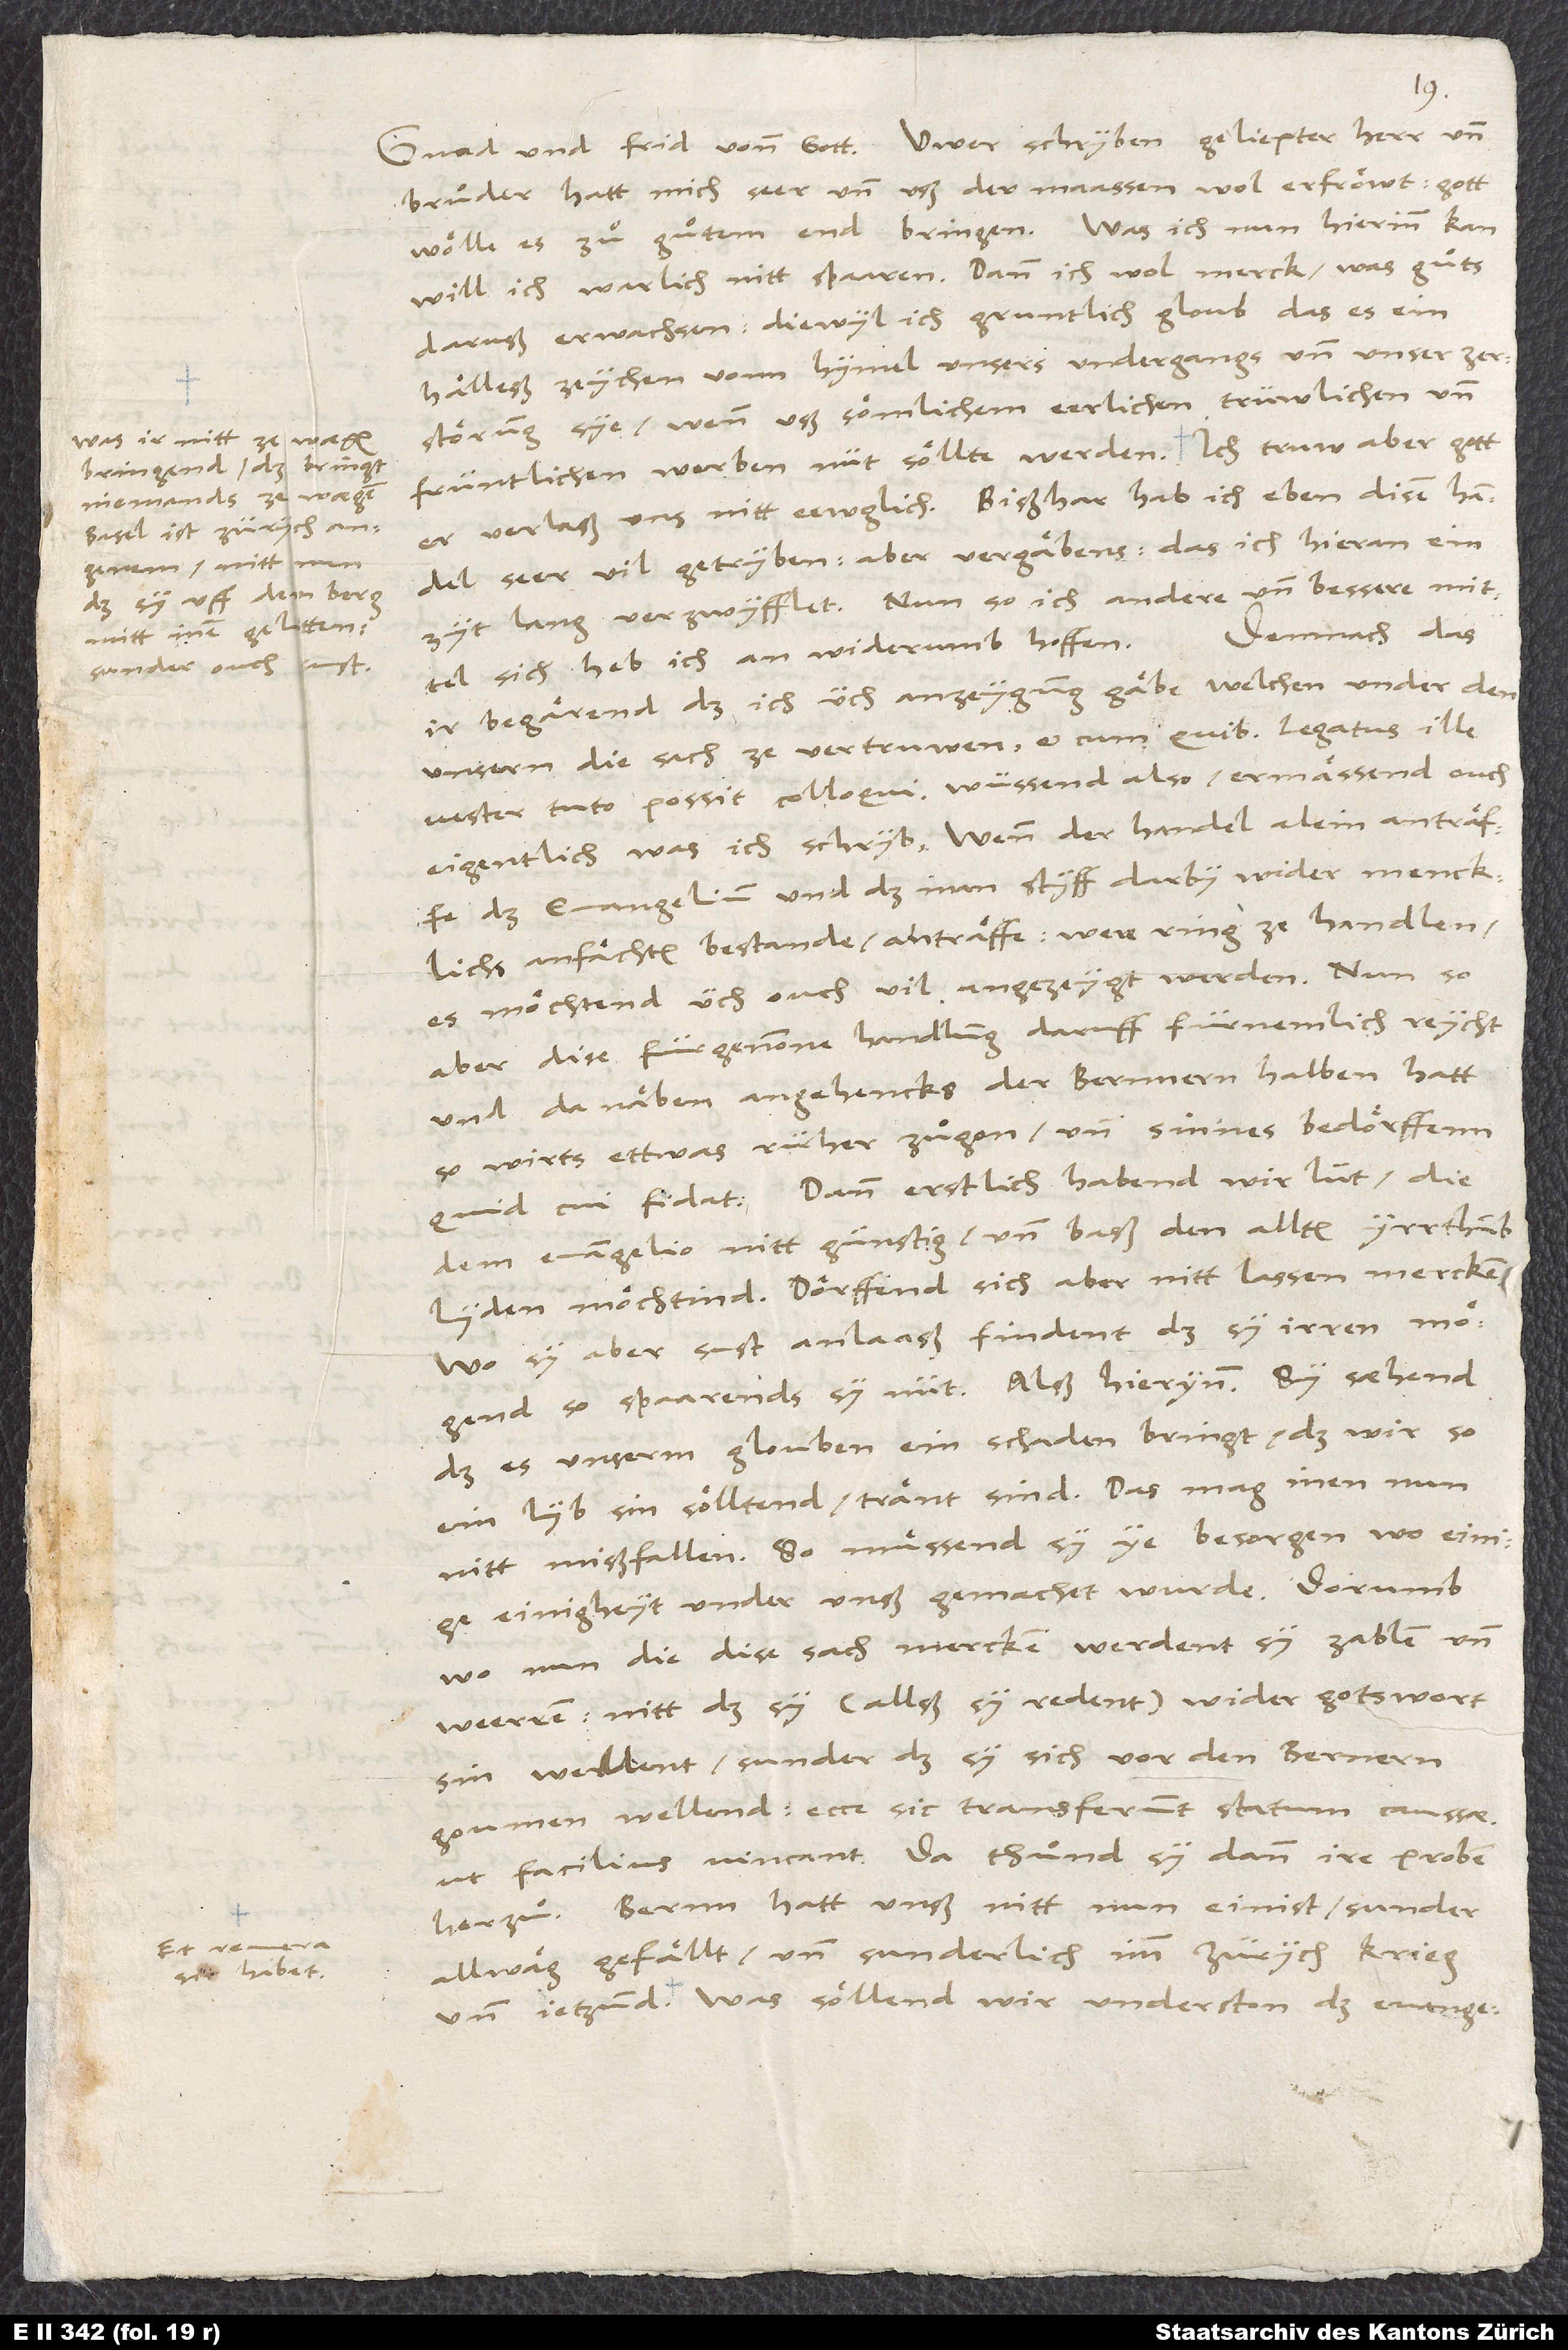
bringend, das bringt
niemands zewägen.
Basel ist Zürych
angenem, nitt nun
daß sy uff dem berg
mitt inen gelitten,
sunder ouch
Et revera
sic habet.

.
bruͦder, hatt mich seer und uß der maassen wol erfröwt. Gott
wölle es zuͦ guͦtem end bringen. Was ich nun hierinn kan,
will ich warlich nitt spaaren. Dann ich wol merck, was guͦts
daruß erwachsen, diewyl ich gruntlich gloub, das es ein
hälleß zeychen vonn hymel unsers undergangs und unser
zerstörung sye, wenn uß sömlichem eerlichen trüwlichen und
er verlaß uns nitt eewglich. Bißhar hab ich eben disen handel
seer vil getryben, aber vergäbens, das ich hieran ein
zyt lang verzwyfflet. Nun so ich andere und bessere mittel
Demnach das
sich, heb ich an widerumb hoffen.
ir begärend, daß ich üch anzeygung gäbe, welchen under den
unsern die sach ze vertruwen et cum quibus legatus ille
vester tuto possit colloqui, wüssend also, ermässend ouch
eigentlich, was ich schryb. Wenn der handel alein anträffe
das evangelium, und daß man styff darby wider mencklichs
anfachten bestande, anträffe, were ring ze handlen;
es möchtend üch ouch vil angezeygt werden. Nun so
aber dise fürgenomne handlung daruff fürnemlich reycht
und danäben angehencks der Bernnern halben hatt,
so wirts ettwas rücher zuͦgon und sinnes bedörffenn,
quid cui fidat. Dann erstlich habend wir lüt, die
dem evangelio nitt günstig und baß den allten yrrthumb
lyden möchtind, dörffend sich aber nitt lassen mercken.
Wo sy aber sust anlaaß findent, daß sy irren mögend,
so spaarends sy nüt. Alß hierynn: Sy sehend,
daß es unserm glouben ein schaden bringt, daß wir, so
ein lyb sin sölltend, tränt sind. Das mag inen nun
nitt mißfallen. So muͤßend sy ye besorgen, wo einige
einigheyt under unß gemachet wurde. Dorumb
wo nun die dise sach mercken, werdent sy zahlen und
weerren. Nitt daß sy (allß sy redent) wider gotswort
sin wellent, sunder daß sy sich vor den Bernern
goumen wellend. Ecce sic transferunt statum caussae,
ut facilius vincant. Da thuͦnd sy dann ire proben
herzuͦ: Bernn hatt unß nitt nun einist, sunder
allwäg gefällt, und sunderlich imm Zürychkrieg